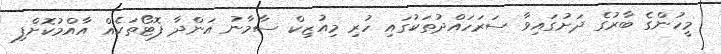
މީހުންގެ ބާރުގެ ދަށުގައިވާ ސަރަހައްދުތަކުގައި ހުރި މިއުޒިކް ސާމާނު އަންދާ ފޮޓޯތަކެއް އާއްމުކޮށްފި